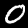
Label: 0